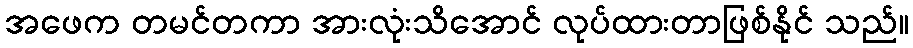
အဖေက တမင်တကာ အားလုံးသိအောင် လုပ်ထားတာဖြစ်နိုင် သည်။